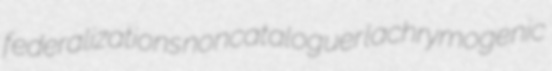
federalizations noncataloguer lachrymogenic